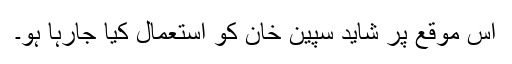
اس موقع پر شاید سپین خان کو استعمال کیا جارہا ہو۔